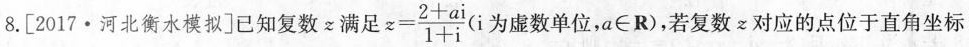
8.[2017·河北衡水模拟]已知复数z满足 $$z = \frac { 2 + a i } { 1 + i }$$ (i为虚数单位，$$a \in R$$ )，若复数z对应的点位于直角坐标